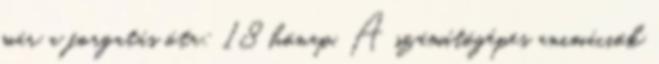
már a forgatás óta: 18 hónap. A számítógépes animációk